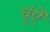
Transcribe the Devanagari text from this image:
धूंऐं